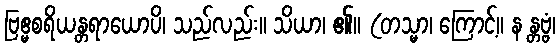
ဗြဧ္မစရိယန္တရာယောပိ၊ သည်လည်း။ သိယာ၊ ၏။ (တသ္မာ၊ ကြောင့်။ န န္တဗ္ဗံ၊